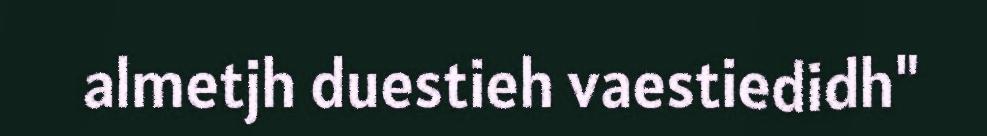
almetjh duestieh vaestiedidh"